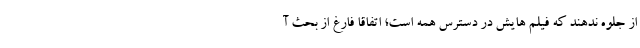
از جلوه ندهند که فیلم هایش در دسترس همه است؛ اتفاقا فارغ از بحث آ